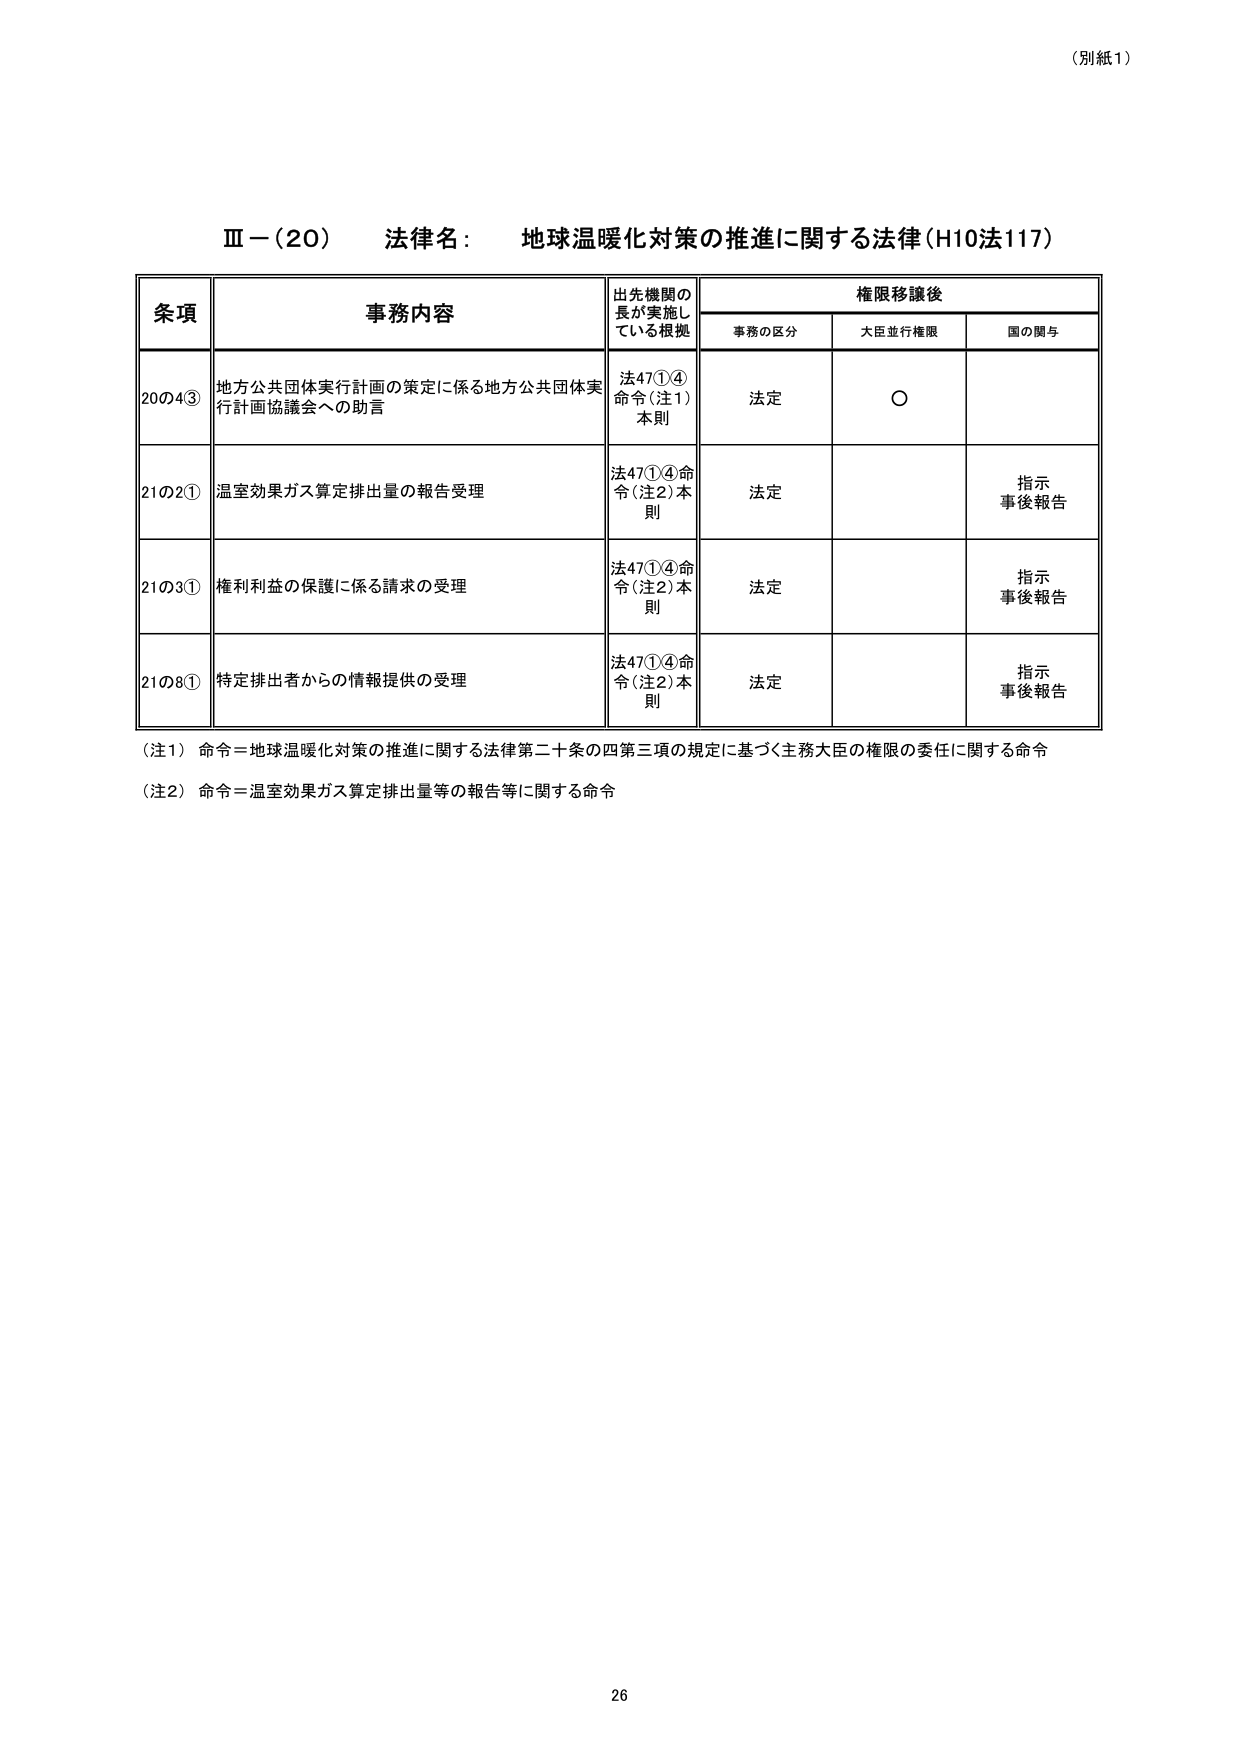
（別紙1）

Ⅲ－（20） 法律名： 地球温暖化対策の推進に関する法律（H10法117）

条項 事務内容 出先機関の長が実施している根拠 権限移譲後